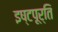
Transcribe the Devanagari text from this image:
इष्टपूर्ति